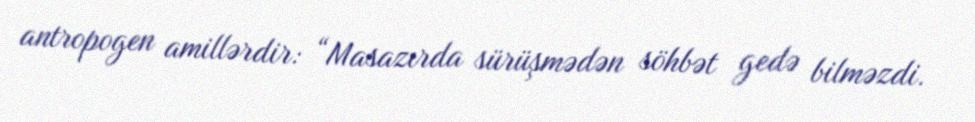
antropogen amillərdir: “Masazırda sürüşmədən söhbət gedə bilməzdi.